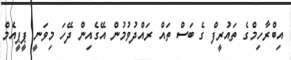
އިބްރާހިމްގެ ތައުރީފް ގެ ބަސް ތައް ރައްދުވުމުން އޭގެއިން ދޭހަ މިވަނީ ޕީޕީއެމް